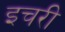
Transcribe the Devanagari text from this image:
इचरी